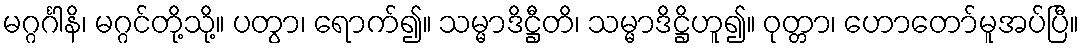
မဂ္ဂင်္ဂါနိ၊ မဂ္ဂင်တို့သို့။ ပတွာ၊ ရောက်၍။ သမ္မာဒိဋ္ဌီတိ၊ သမ္မာဒိဋ္ဌိဟူ၍။ ဝုတ္တာ၊ ဟောတော်မူအပ်ပြီ။